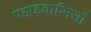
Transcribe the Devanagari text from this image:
पहाड़वासियों